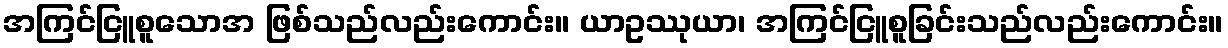
အကြင်ငြူစူသောအ ဖြစ်သည်လည်းကောင်း။ ယာဥဿုယာ၊ အကြင်ငြူစူခြင်းသည်လည်းကောင်း။